Source: Handwritten
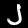
Digit: ၂ (2)